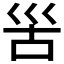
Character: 𡿵